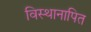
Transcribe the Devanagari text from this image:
विस्थानापित